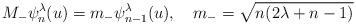
LaTeX: \begin{align*}M_{-}\psi_{n}^{\lambda}(u) = m_{-}\psi_{n-1}^{\lambda}(u),\ \ \ m_{-}=\sqrt{n(2\lambda +n -1)}\end{align*}